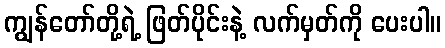
ကျွန်တော်တို့ရဲ့ ဖြတ်ပိုင်းနဲ့ လက်မှတ်ကို ပေးပါ။